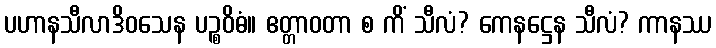
ပဟာနသီလာဒိဝသေန ပဉ္စဝိဓံ။ ဧတ္တာဝတာ စ ကိံ သီလံ? ကေနဋ္ဌေန သီလံ? ကာနဿ